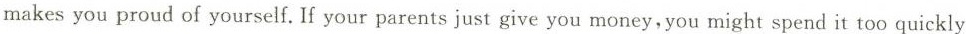
makes you proud of yourself. If your parents just give you money, you might spend it too quickly